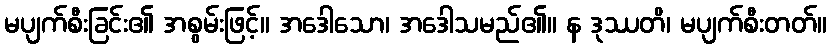
မပျက်စီးခြင်း၏ အစွမ်းဖြင့်။ အဒေါသော၊ အဒေါသမည်၏။ န ဒုဿတိ၊ မပျက်စီးတတ်။